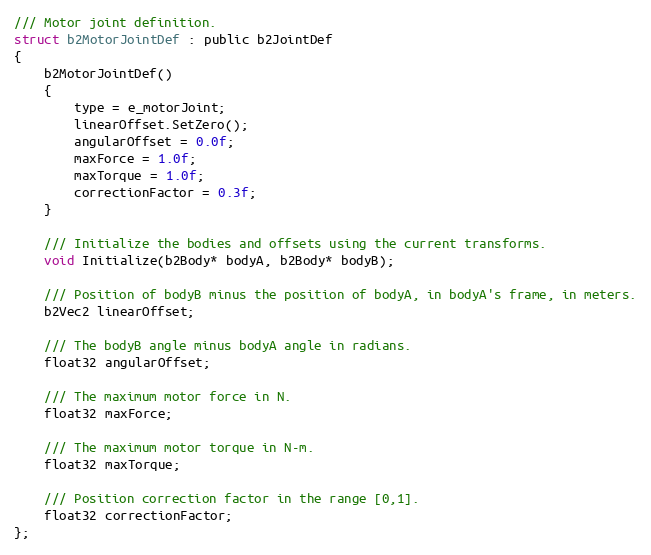
Language: C
/// Motor joint definition.
struct b2MotorJointDef : public b2JointDef
{
	b2MotorJointDef()
	{
		type = e_motorJoint;
		linearOffset.SetZero();
		angularOffset = 0.0f;
		maxForce = 1.0f;
		maxTorque = 1.0f;
		correctionFactor = 0.3f;
	}

	/// Initialize the bodies and offsets using the current transforms.
	void Initialize(b2Body* bodyA, b2Body* bodyB);

	/// Position of bodyB minus the position of bodyA, in bodyA's frame, in meters.
	b2Vec2 linearOffset;

	/// The bodyB angle minus bodyA angle in radians.
	float32 angularOffset;

	/// The maximum motor force in N.
	float32 maxForce;

	/// The maximum motor torque in N-m.
	float32 maxTorque;

	/// Position correction factor in the range [0,1].
	float32 correctionFactor;
};